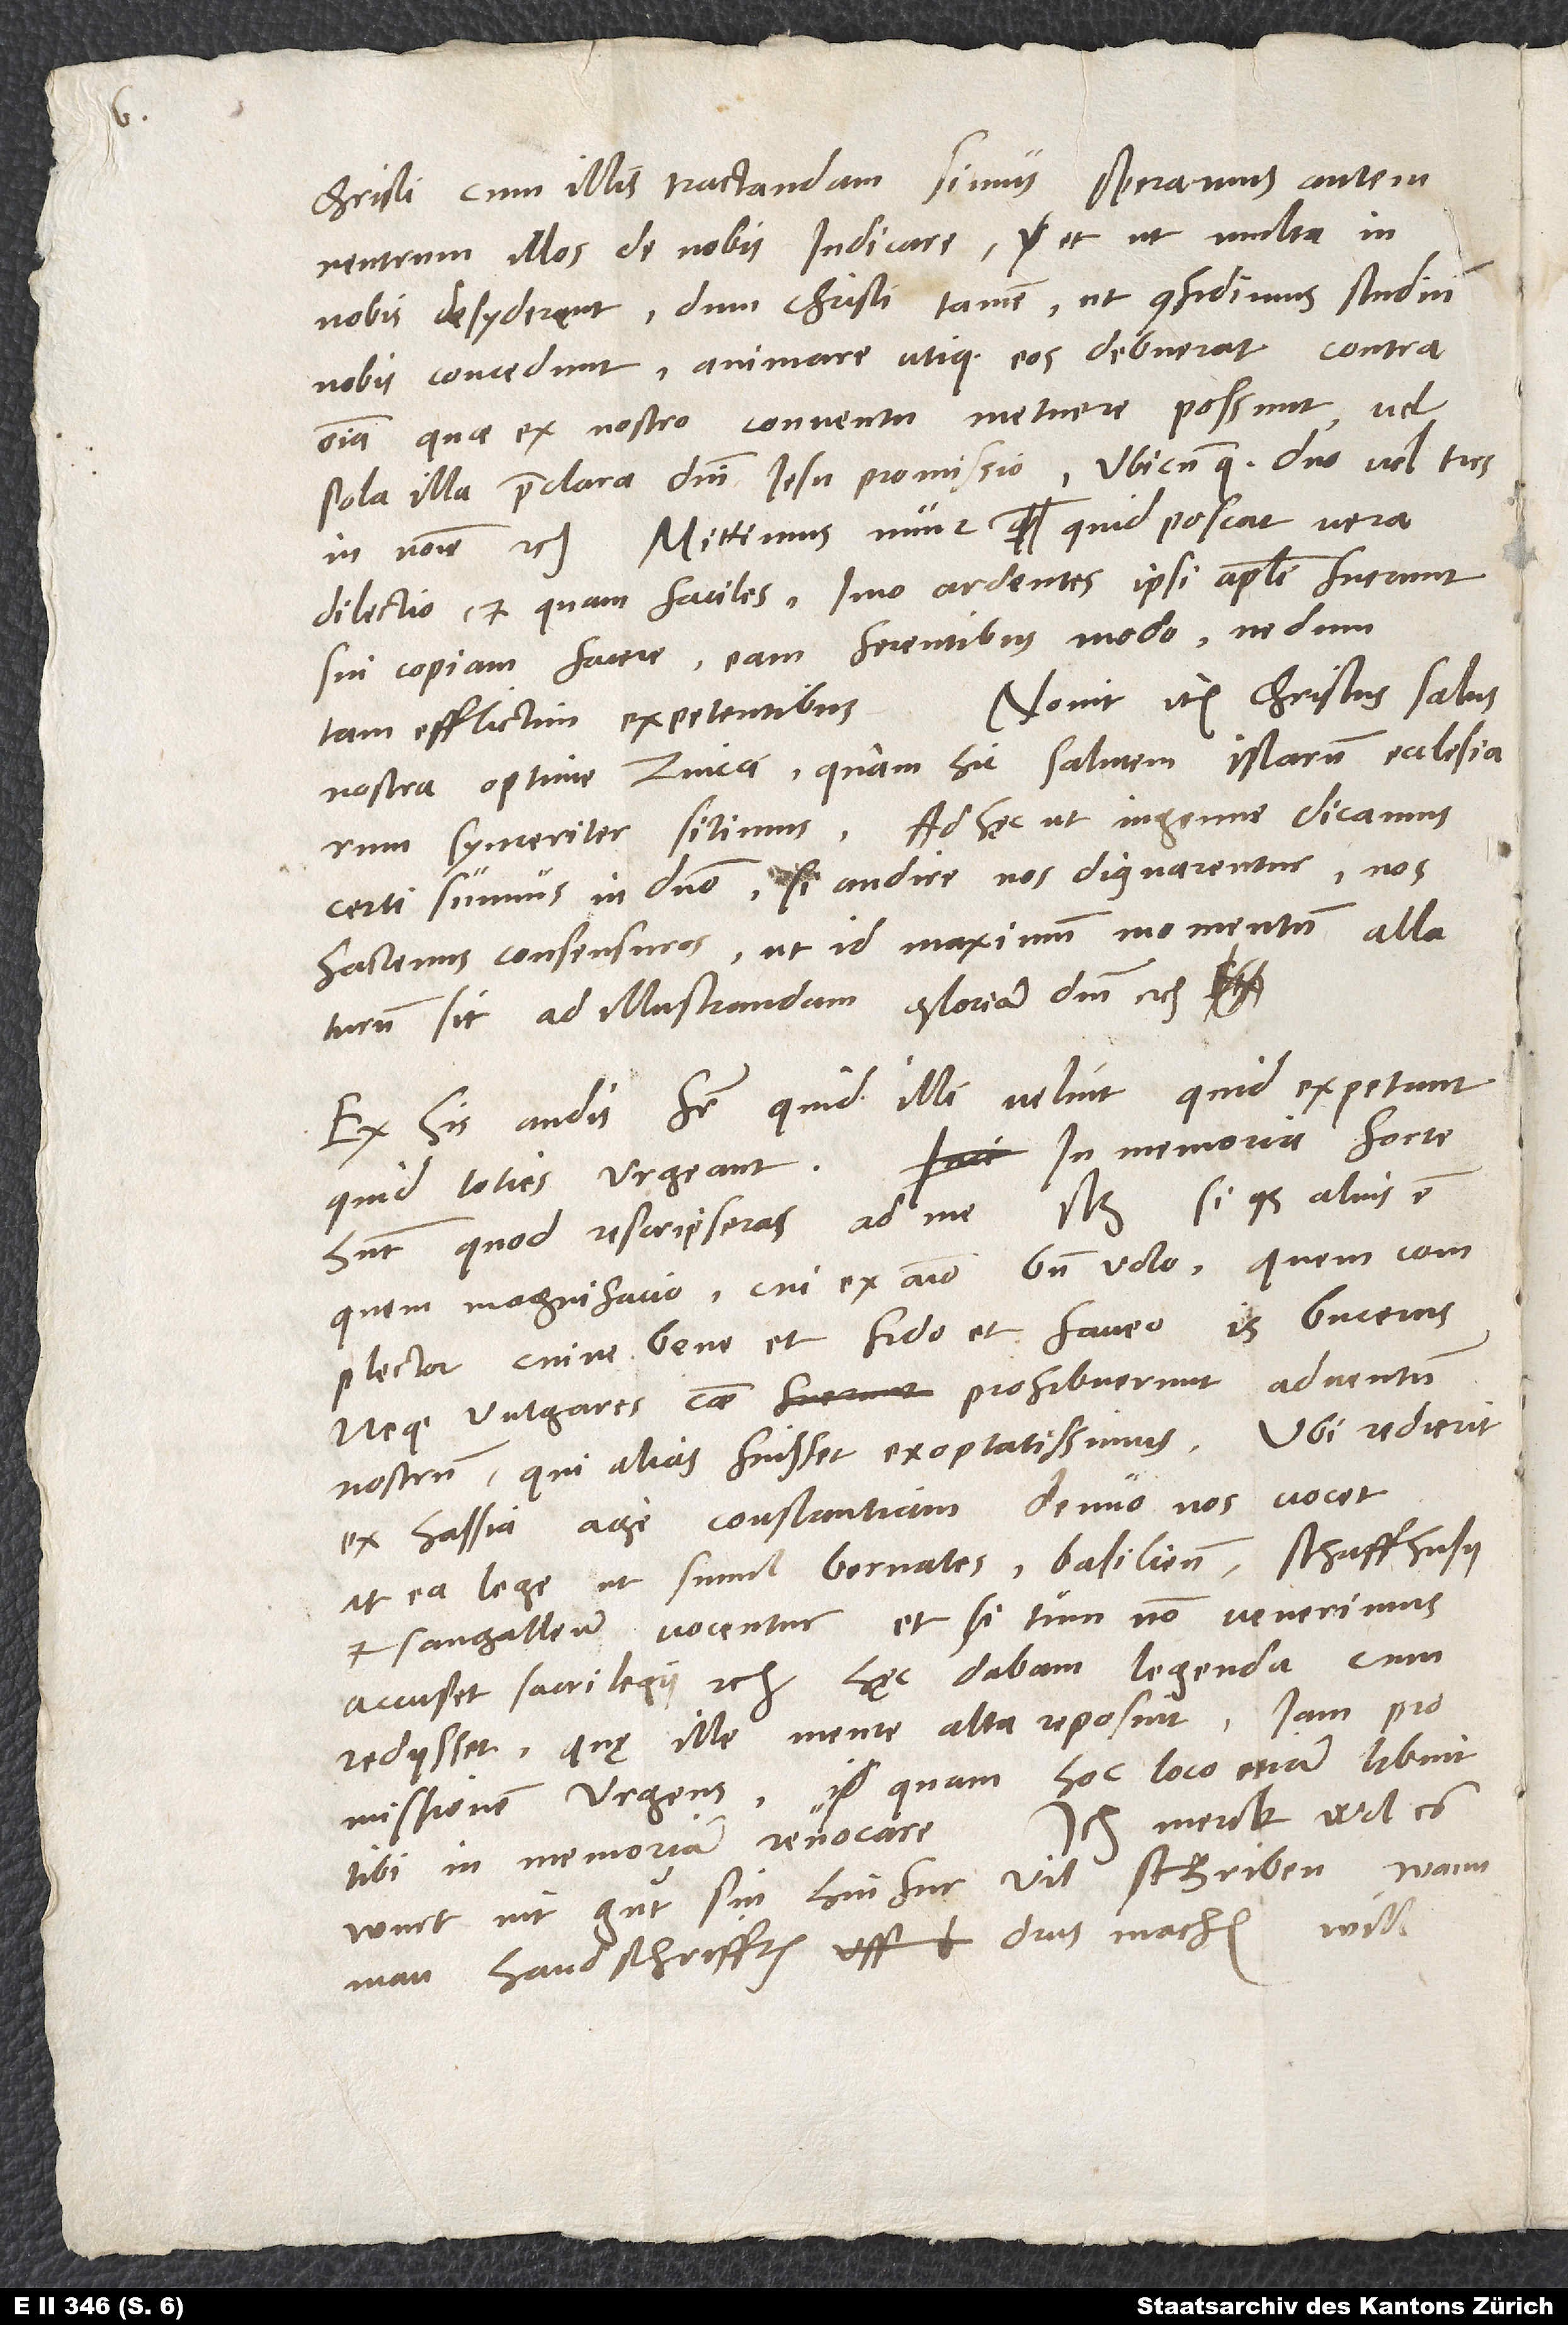
neutrum illos de nobis iudicare, et ut multa in
nobis desyderent, dum Christi tamen, ut confidimus, studium
nobis concedunt, animare utique eos debuerat contra
omnia, quae ex nostro conventu metuere possunt, vel
sola illa praeclara domini Iesu promissio: 'Ubicumque duo vel tres
in nomine' etc. . Mittimus nunc, quid poscat vera
dilectio et quam faciles, imo ardentes ipsi apostoli fuerunt
sui copiam facere, eam ferentibus modo, nedum
Novit item Christus, salus
tam efflictim expetentibus.
nostra, optime Zvicci, quam hic salutem istarum ecclesiarum
synceriter sitimus. Ad hęc, ut ingenue dicamus,
certi sumus in domino, si audire nos dignarentur, nos
hactenus consensuros, ut id maximum momentum allaturum
sit ad illustrandam gloriam domini" etc.
Ex his audis, frater, quid illi velint, quid expetunt,
quid toties urgeant. In memoria forte
habent, quod rescripseras ad me, scilicet: "Si quis alius est,
quem magnifacio, cui ex animo bene volo, quem complector
cuive bene et fido et faveo, is Bucerus,
neque vulgares causae prohibuerunt adventum
nostrum, qui alias fuisset exoptatissimus. Ubi redierit
ex Hassia, age, Constantiam denuo nos vocet,
at ea lege, ut simul Bernates. Basilienses, Schaffhusii
Sangallenses vocentur, et si tum non venerimus,
accuset sacrilegii" etc. Haec dabam legenda, cum
rediisset, quę ille mente alta reposuit iam
promissionem urgens, quam hoc loco etiam libuit
Ich merck wol, es
tibi in memoriam revocare.
wurt nit guͦt sin, hinfür vil schriben, wann
man handschrifften drus machen will.